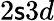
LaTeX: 2\mathsf{s}3d